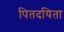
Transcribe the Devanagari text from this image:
पितदयिता